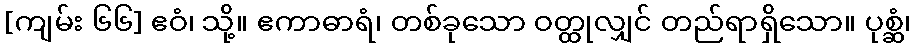
[ကျမ်း ၆၆] ဧဝံ၊ သို့။ ဧကာဓာရံ၊ တစ်ခုသော ဝတ္ထုလျှင် တည်ရာရှိသော။ ပုစ္ဆံ၊